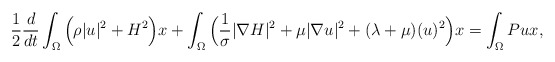
\begin{align*}\frac{1}{2}\frac{d}{dt}\int_{\Omega} \Big(\rho |u|^2+H^2\Big) x+\int_{\Omega} \Big(\frac{1}{\sigma}|\nabla H|^2+\mu |\nabla u|^2+(\lambda+\mu)(u)^2\Big)x=\int_{\Omega} P ux,\end{align*}